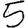
Digit: 5